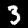
Digit: 3